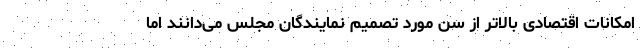
امکانات اقتصادی بالاتر از سن مورد تصمیم نمایندگان مجلس می‌دانند اما